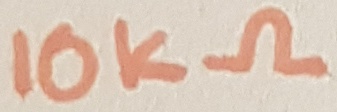
Text: 10KΩ